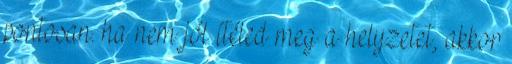
pontosan. ha nem jól ítéled meg a helyzetet, akkor